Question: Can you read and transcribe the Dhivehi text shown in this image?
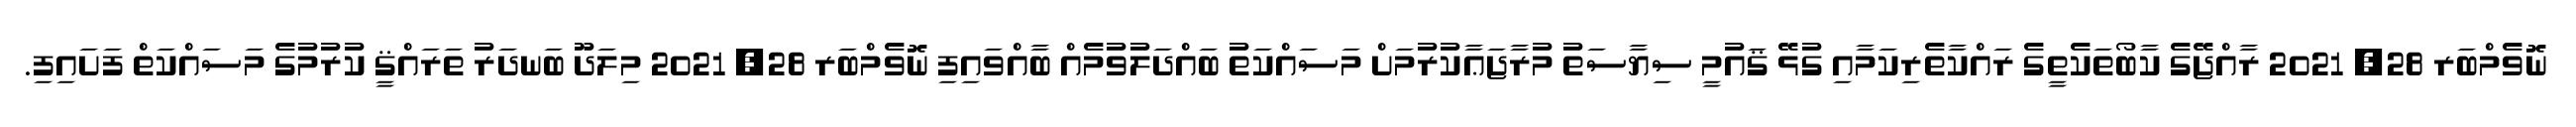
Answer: ނޮވެމްބަރ 28, 2021 ރާއްޖޭގެ ކާބޯތަކެތީގެ ރައްކާތެރިކަމާއި ގުޅޭ ޤައުމީ ސިޔާސަތު މުރާޖަޢާކުރުމަށް މަސައްކަތު ބައްދަލުވުމެއް ބާއްވައިފި ނޮވެމްބަރ 28, 2021 މިލަދޫ ބަނދަރު ތަރައްޤީ ކުރުމުގެ މަސައްކަތް ފަށައިފި.